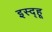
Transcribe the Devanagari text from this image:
इस्द्हू